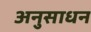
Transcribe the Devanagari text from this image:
अनुसाधन